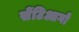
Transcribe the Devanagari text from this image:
सेंटिआगो